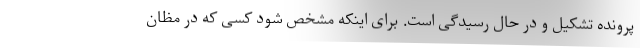
پرونده تشکیل و در حال رسیدگی است. برای اینکه مشخص شود کسی که در مظان